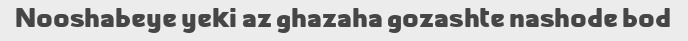
Nooshabeye yeki az ghazaha gozashte nashode bod